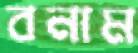
বনাম